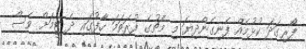
ފޯރިގަދަ ކުޅުމެއް ފެނިގެންދިޔަ މި މެޗުގެ ފުރަތަމަ ހާފުގައި ދެ ޓީމަށް ވެސް